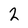
Character: 2